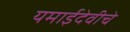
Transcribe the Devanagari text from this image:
यमाईदेवीचे